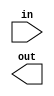
module maximal_sequence #(parameter CHIRP_WIDTH = 1024) (
	input [CHIRP_WIDTH-1:0] in,
	output [CHIRP_WIDTH-1:0] out
);
	always @* begin
		
	end
endmodule